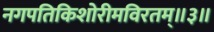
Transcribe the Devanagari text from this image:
नगपतिकिशोरीमविरतम्॥३॥